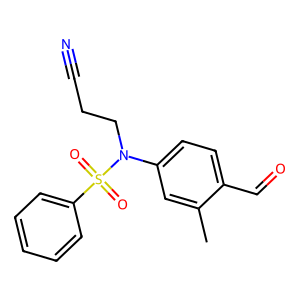
SMILES: Cc1cc(N(CCC#N)S(=O)(=O)c2ccccc2)ccc1C=O
Inhibits HIV replication: No